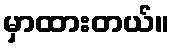
မှာထားတယ်။